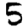
Digit: 5